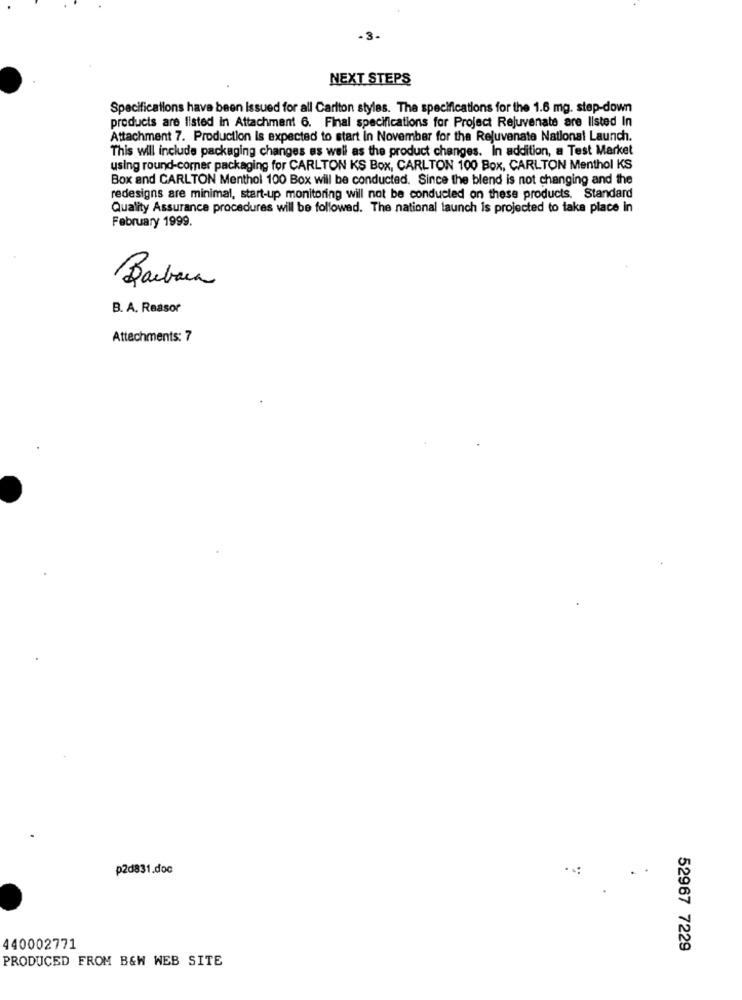
-3-
NEXT STEPS
Specifications have been Issued for all Carlton styles. The specifications for the 1.6 mg. step-down
products are listed in Attachment 6. Final specifications for Project Rejuvenate are listed In
Attachment 7. Production is expected to start in November for the Rejuvenate National Launch.
This will include packaging changes as well as the product changes. In addition, a Test Market
using round-comer packaging for CARLTON KS Box, CARLTON 100 Box, CARLTON Menthol KS
Box and CARLTON Menthol 100 Box will be conducted. Since the blend is not changing and the
redesigns are minimal, start-up monitoring will not be conducted on these products. Standard
Quality Assurance procedures will be followed. The national launch is projected to take place in
February 1999.
Barbara
B. A. Reasor
Attachments: 7
p2d831.doc
440002771
52967 7229
PRODUCED FROM B&W WEB SITE